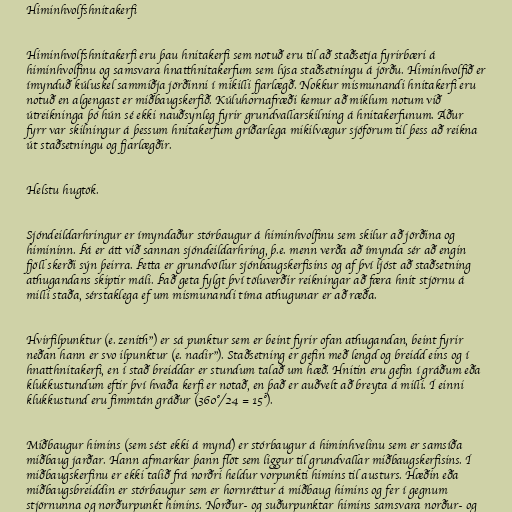
Himinhvolfshnitakerfi

Himinhvolfshnitakerfi eru þau hnitakerfi sem notuð eru til að staðsetja fyrirbæri á
himinhvolfinu og samsvara hnatthnitakerfum sem lýsa staðsetningu á jörðu. Himinhvolfið er
ímynduð kúluskel sammiðja jörðinni í mikilli fjarlægð. Nokkur mismunandi hnitakerfi eru
notuð en algengast er miðbaugskerfið. Kúluhornafræði kemur að miklum notum við
útreikninga þó hún sé ekki nauðsynleg fyrir grundvallarskilning á hnitakerfunum. Áður
fyrr var skilningur á þessum hnitakerfum gríðarlega mikilvægur sjóförum til þess að reikna
út staðsetningu og fjarlægðir.

Helstu hugtök.

Sjóndeildarhringur er ímyndaður stórbaugur á himinhvolfinu sem skilur að jörðina og
himininn. Þá er átt við sannan sjóndeildarhring, þ.e. menn verða að ímynda sér að engin
fjöll skerði sýn þeirra. Þetta er grundvöllur sjónbaugskerfisins og af því ljóst að staðsetning
athugandans skiptir máli. Það geta fylgt því töluverðir reikningar að færa hnit stjörnu á
milli staða, sérstaklega ef um mismunandi tíma athugunar er að ræða.

Hvirfilpunktur (e. zenith") er sá punktur sem er beint fyrir ofan athugandan, beint fyrir
neðan hann er svo ilpunktur (e. nadir"). Staðsetning er gefin með lengd og breidd eins og í
hnatthnitakerfi, en í stað breiddar er stundum talað um hæð. Hnitin eru gefin í gráðum eða
klukkustundum eftir því hvaða kerfi er notað, en það er auðvelt að breyta á milli. Í einni
klukkustund eru fimmtán gráður (360°/24 = 15°).

Miðbaugur himins (sem sést ekki á mynd) er stórbaugur á himinhvelinu sem er samsíða
miðbaug jarðar. Hann afmarkar þann flöt sem liggur til grundvallar miðbaugskerfisins. Í
miðbaugskerfinu er ekki talið frá norðri heldur vorpunkti himins til austurs. Hæðin eða
miðbaugsbreiddin er stórbaugur sem er hornréttur á miðbaug himins og fer í gegnum
stjörnunna og norðurpunkt himins. Norður- og suðurpunktar himins samsvara norður- og